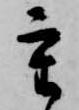
重